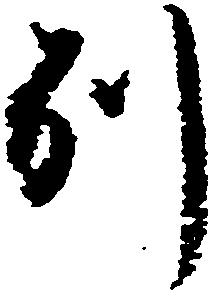
別